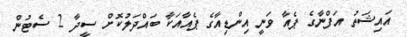
އައިޝަތު އަފްނާގެ ޕެއާ ވަނީ އިންޑިއާގެ ޕެއާއަކާ ބައްދަލުކޮށް ސީދާ 2 ސެޓުން